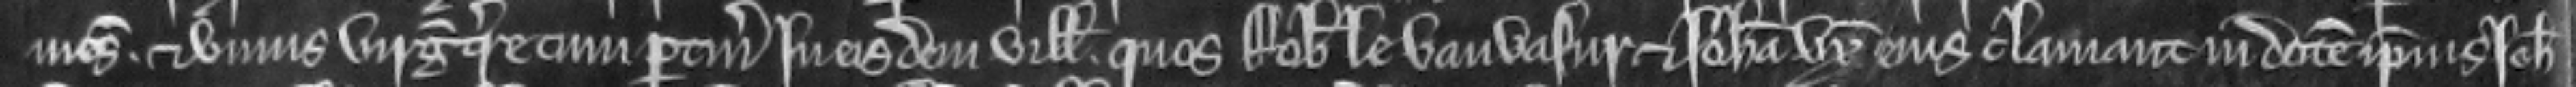
mesuagii et unius virgate terre cum pertinencis in eisdem villis. quos Robertus le Vauvasur et Johanna uxor ejus clamant in dotem ipsius Johanne